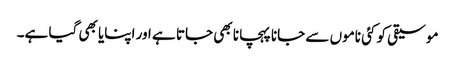
موسیقی کو کئی ناموں سے جانا پہچانا بھی جاتا ہے اور اپنایا بھی گیا ہے۔